Report on horse surra - Volume II, Part II
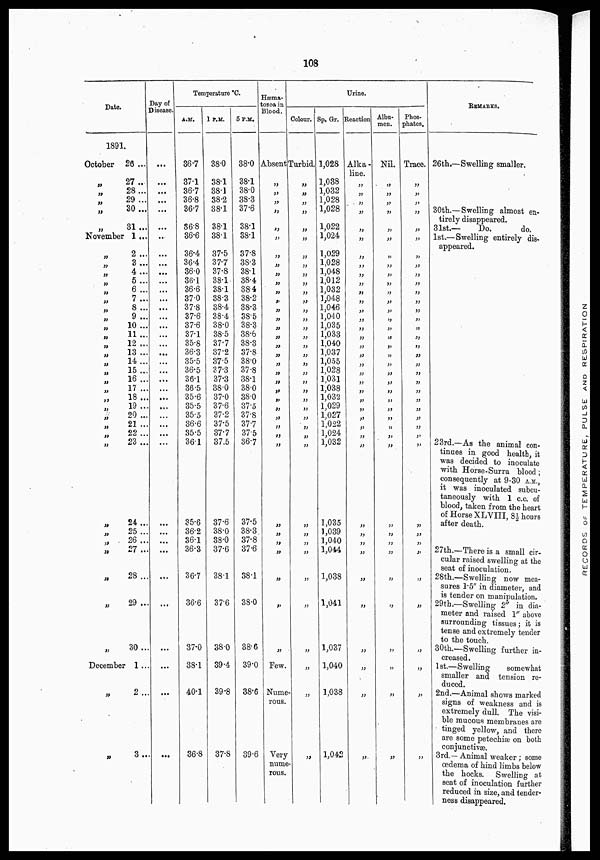
108
Date.
1891.
October
„
„
„
„
„
26 ...
27...
28...
29...
30...
31...
November 1...
„
„
„
„
„
„
„
„
„
„
„
„
„
„
„
„
„
„
„
„
„
„
„
„
„
„
„
„
„
2 ...
3...
4 ...
5...
6 ...
7 ...
8 ...
9 ...
10 ...
11 ...
12 ...
13 ...
14...
15 ...
16 ...
17 ...
18...
19 ...
20 ...
21 ...
22 ...
23 ...
24 ...
25...
26 ...
27...
28 ...
29 ...
30 ...
December 1 ...
„
„
2 ...
3 ...
Day of
Disease.
...
...
...
...
...
...
...
...
...
...
...
...
...
...
...
...
...
...
...
...
...
...
...
...
...
...
...
...
...
...
...
...
...
...
...
...
Temperature °C.
A.M.
36.7
37.1
36.7
36.8
36.7
36.8
36.6
36.4
36.4
36.0
36.1
36.6
37.0
37.8
37.6
37.6
37.1
35.8
36.3
35.5
36.5
36.1
36.5
35.6
35.5
35.5
36.6
35.5
36.1
35.6
36.2
36.1
36.3
36.7
36.6
37.0
38.1
40.1
36.8
1 P.M.
38.0
38.1
38.1
38.2
38.1
38.1
38.1
37.5
37.7
37.8
38.1
38.1
38.3
38.4
38.4
38.0
38.5
37.7
37.2
37.5
37.3
37.3
38.0
37.0
37.6
37.2
37.5
37.7
37.5
37.6
38.0
38.0
37.6
38.1
37.6
38.0
39.4
39.8
37.8
5 P.M.
38.0
38.1
38.0
38.3
37.6
38.1
38.1
37.8
38.3
38.1
38.4
38.4
38.2
38.3
38.5
38.3
38.6
38.3
37.8
38.0
37.8
38.1
38.0
38.0
37.5
37.8
37.7
37.5
36.7
37.5
38.3
37.8
37.6
38.1
38.0
38.6
39.0
38.6
39.6
Hæma-
tozoa in
Blood.
Absent
„
„
„
„
„
„
„
„
„
„
„
„
„
„
„
„
„
„
„
„
„
„
„
„
„
„
„
„
„
„
„
„
„
„
„
Few.
Nume-
rous.
Very
nume-
rous.
Urine.
Colour.
Turbid.
„
„
„
„
„
„
„
„
„
„
„
„
„
„
„
„
„
„
„
„
„
„
„
„
„
„
„
„
„
„
„
„
„
„
„
„
„
„
Sp. Gr.
1,028
1,038
1,032
1,028
1,028
1,022
1,024
1,029
1,028
1,048
1,012
1,032
1,048
1,046
1,040
1,035
1,033
1,040
1,037
1,055
1,028
1,031
1,038
1,032
1,029
1,027
1,022
1,024
1,032
1,035
1,039
1,040
1,044
1,038
1,041
1,037
1,040
1,038
1,042
Reaction
Alka-
line.
„
„
„
„
„
„
„
„
„
„
„
„
„
„
„
„
„
„
„
„
„
„
„
„
„
„
„
„
„
„
„
„
„
„
„
„
„
„
Albu-
men.
Nil.
„
„
„
„
„
„
„
„
„
„
„
„
,„
„
„
„
„
„
„
„
„
„
„
„
„
„
„
„
„
„
„
„
„
„
„
„
„
„
Phos-
phates.
Trace.
„
„
„
„
„
„
„
„
„
„
„
„
„
„
„
„
„
„
„
„
„
„
„
„
„
„
„
„
„
„
„
„
„
„
„
„
„
„
REMARKS.
26th.—Swelling smaller.
30th.— Swelling almost en-
tirely disappeared.
31st.—
Do.
do.
1st.—Swelling entirely dis-
appeared.
23rd.—As the animal con-
tinues in good health, it
was decided to inoculate
with Horse-Surra blood ;
consequently at 9-30 A.M.,
it was inoculated subcu-
taneously with 1 c.c. of
blood, taken from the heart
of Horse XLVIII, 8½ hours
after death.
27th.—There is a small cir-
cular raised swelling at the
seat of inoculation.
28th.—Swelling now mea-
sures 1.5" in diameter, and
is tender on manipulation.
29th.—Swelling 2" in dia-
meter and raised 1" above
surrounding tissues ; it is
tense and extremely tender
to the touch.
30th.—Swelling further in-
creased.
1st.—Swelling
somewhat
smaller and tension re-
duced.
2nd.—Animal shows marked
signs of weakness and is
extremely dull. The visi-
ble mucous membranes are
tinged yellow, and there
are some petechiæ on both
conjunctivæ.
3rd.—Animal weaker ; some
œdema of hind limbs below
the hocks. Swelling at
seat of inoculation further
reduced in size, and tender-
ness disappeared.